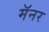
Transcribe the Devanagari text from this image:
मॅनर